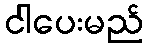
ငါပေးမည်